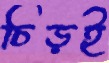
চিড়ই